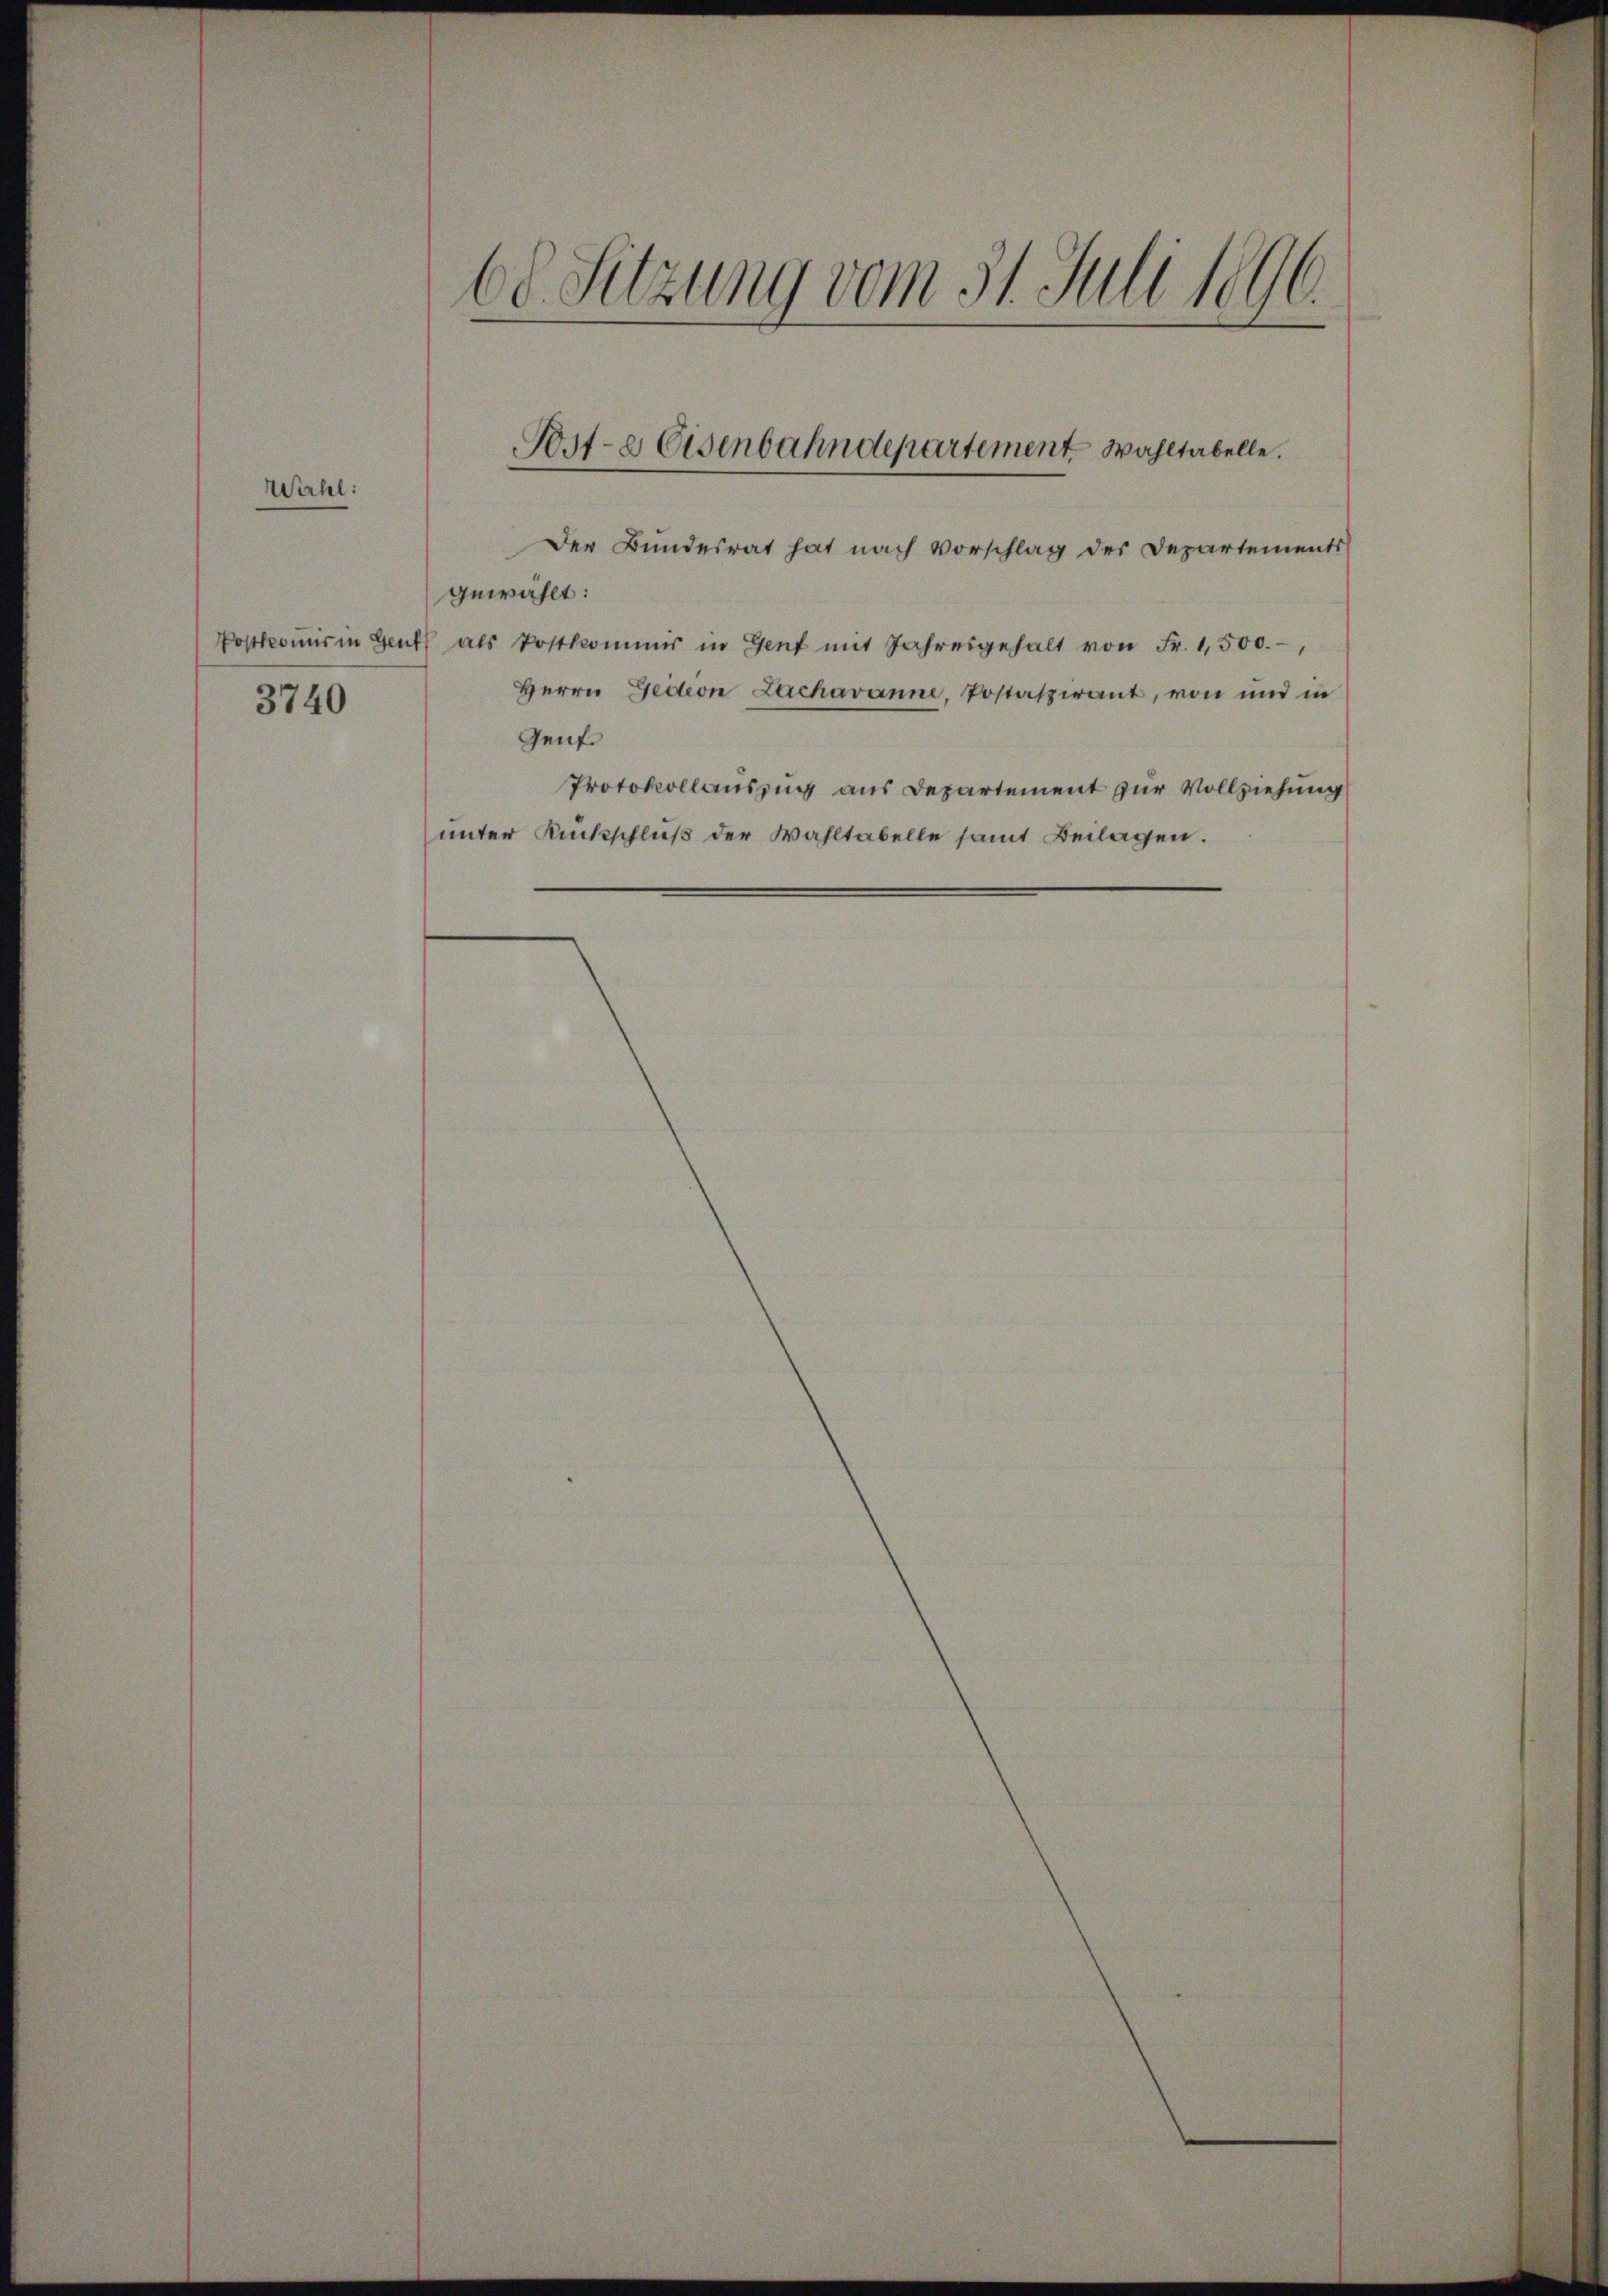
Wihl:

3740

68. Sitzung vom 31. Juli 1896.

Post- & Eisenbahndepartement Wahltabelle.

Der Bundesrat hat nach Vorschlag der Departements
gewählt:
Postkomis in Gent als Postkommis in Genf mit Jahresgehalt von Fr. 1,500.-,
Herrn Gedeon Lachavanne, Postatzirant, von und in
Genf.
Protokollauszug aus Departement zur Vollziehung
unter Rückschluß der Wahltabelle samt Beilagen.